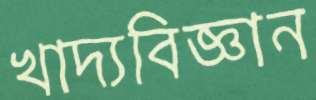
খাদ্যবিজ্ঞান